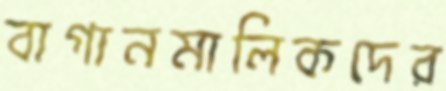
বাগানমালিকদের